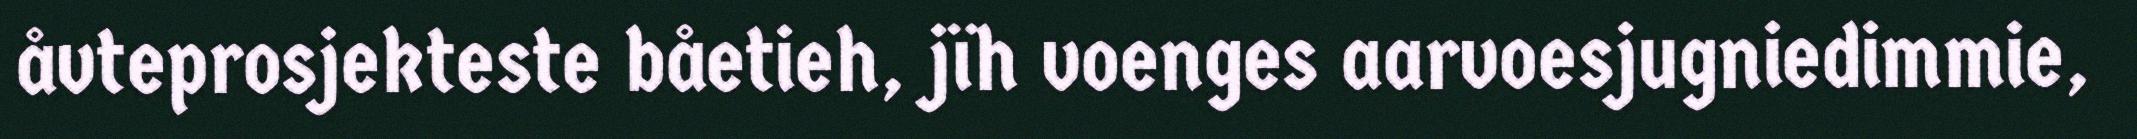
åvteprosjekteste båetieh, jïh voenges aarvoesjugniedimmie,